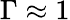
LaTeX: \Gamma\approx 1